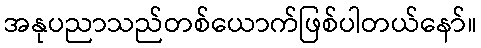
အနုပညာသည်တစ်ယောက်ဖြစ်ပါတယ်နော်။